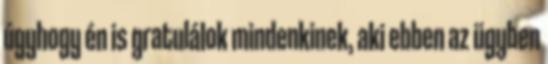
úgyhogy én is gratulálok mindenkinek, aki ebben az ügyben